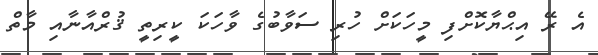
އެ ރޭ އިޙްޔާކޮށްފި މީހަކަށް ހުރި ސަވާބުގެ ވާހަކަ ކީރިތީ ޤުރްއާނާއި މާތް